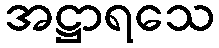
အဋ္ဌာရသေ